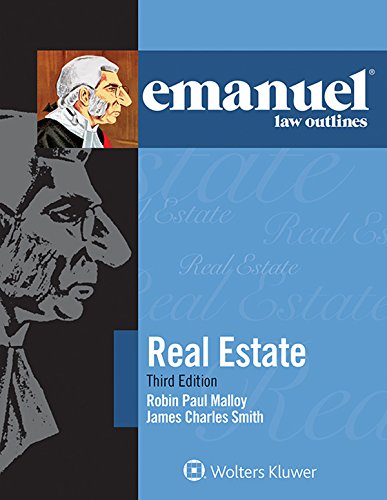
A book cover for Emanuel Law Outlines: Real Estate; Robin Paul Malloy; Business & Money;